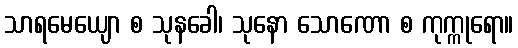
သာရမေယျော စ သုနခေါ၊ သုနော သောဏော စ ကုက္ကုရော။